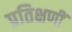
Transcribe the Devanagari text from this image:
प्रतिक्षणीं